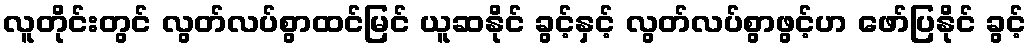
လူတိုင်းတွင် လွတ်လပ်စွာထင်မြင် ယူဆနိုင် ခွင့်နှင့် လွတ်လပ်စွာဖွင့်ဟ ဖော်ပြနိုင် ခွင့်